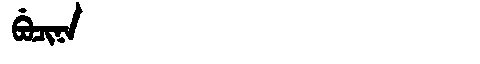
Manchu: ᠪᡠᠴᡳᠨᠠ
Romanization: BUCINA